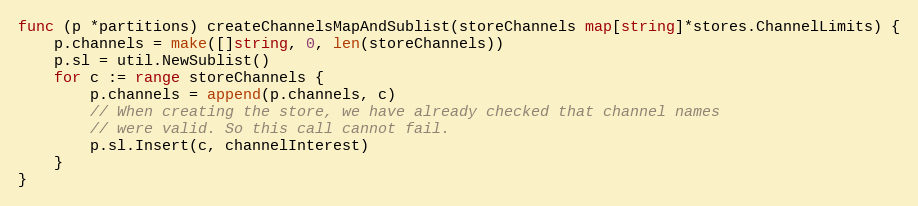
Language: Go
func (p *partitions) createChannelsMapAndSublist(storeChannels map[string]*stores.ChannelLimits) {
	p.channels = make([]string, 0, len(storeChannels))
	p.sl = util.NewSublist()
	for c := range storeChannels {
		p.channels = append(p.channels, c)
		// When creating the store, we have already checked that channel names
		// were valid. So this call cannot fail.
		p.sl.Insert(c, channelInterest)
	}
}